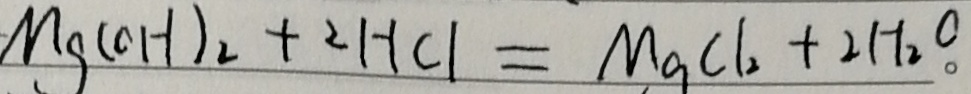
M g ( O H ) _ { 2 } + 2 H C l = M g C l _ { 2 } + 2 H _ { 2 } O